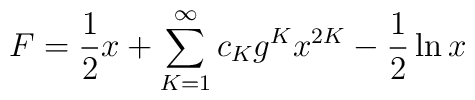
F = \frac{1}{2}x + \sum_{K=1}^{\infty}c_K g^K x^{2K}  - \frac{1}{2}\ln x